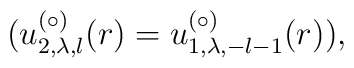
(u^{(\circ)}_{2,\lambda,l}(r) = u^{(\circ)}_{1,\lambda,-l-1}(r)),